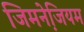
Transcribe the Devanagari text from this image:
जिमनेजि़यम